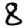
Digit: 8